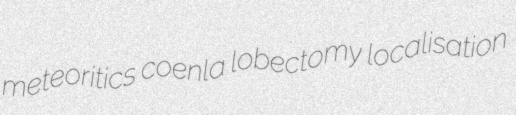
meteoritics coenla lobectomy localisation